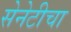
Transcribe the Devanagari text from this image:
सेनेटीचा